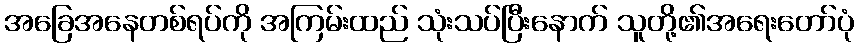
အခြေအနေတစ်ရပ်ကို အကြမ်းထည် သုံးသပ်ပြီးနောက် သူတို့၏အရေးတော်ပုံ